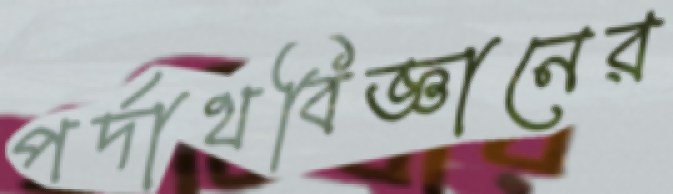
পর্দাথবিজ্ঞানের